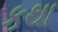
કથા